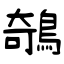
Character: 鵸